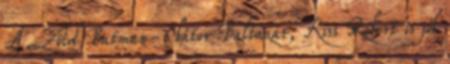
A Zöld Batman-i bátor Baltazár, Kiss Róbert is jól